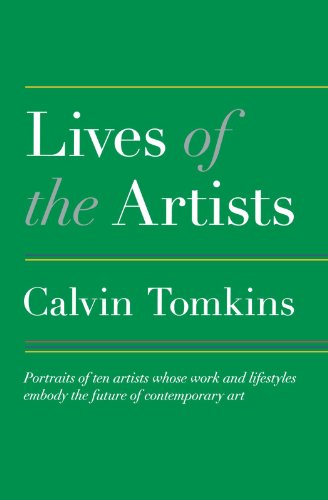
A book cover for Lives of the Artists: Portraits of Ten Artists Whose Work and Lifestyles Embody the Future of Contemporary Art; Calvin Tomkins; Arts & Photography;